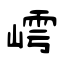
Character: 嶀